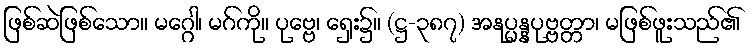
ဖြစ်ဆဲဖြစ်သော။ မဂ္ဂေါ၊ မဂ်ကို။ ပုဗ္ဗေ၊ ရှေး၌။ (ဋ္ဌ-၃၈၇) အနုပ္ပန္နပုဗ္ဗတ္တာ၊ မဖြစ်ဖူးသည်၏